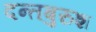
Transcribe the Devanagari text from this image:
दन्तबुरुश